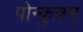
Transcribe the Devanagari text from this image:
पोन्कुन्नम्